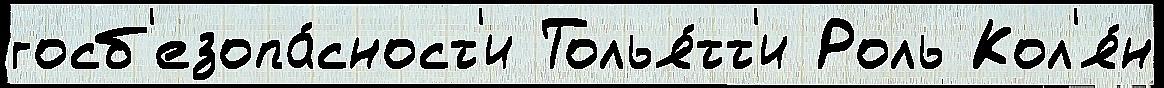
госб'езопа́сност'и Толья́тт'и Роль Кол'я́н